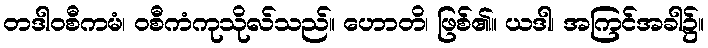
တဒါဝစီကမံ၊ ဝစီကံကုသိုလ်သည်။ ဟောတိ၊ ဖြစ်၏။ ယဒါ၊ အကြင်အခါ၌။